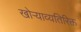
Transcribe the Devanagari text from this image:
खोऱ्याव्यतिरिक्त